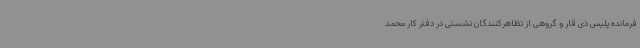
فرمانده پلیس ذی قار و گروهی از تظاهرکنندگان نشستی در دفتر کار محمد